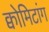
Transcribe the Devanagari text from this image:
क्वोमिटांग